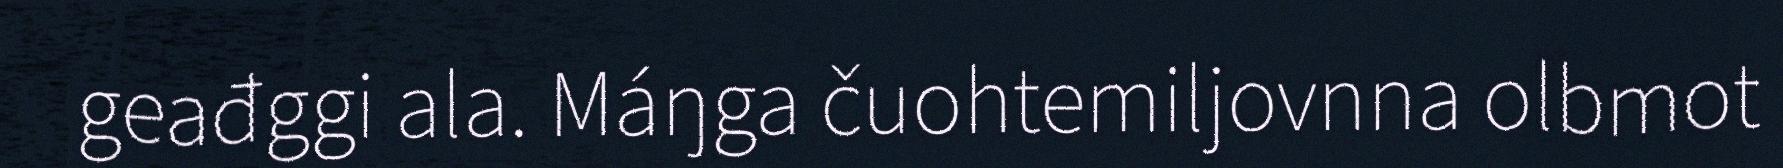
geađggi ala. Máŋga čuohtemiljovnna olbmot